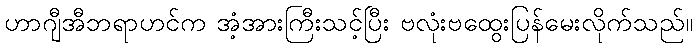
ဟာဂျီအီဘရာဟင်က အံ့အားကြီးသင့်ပြီး ဗလုံးဗထွေးပြန်မေးလိုက်သည်။